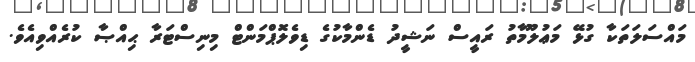
މައްސަލަތަކާ ގުޅޭ މަޢުލޫމާތު ރައީސް ނަޝީދު ޑެންމާކުގެ ޑިވެލޮޕްމަންޓް މިނިސްޓަރާ ޙިއްޞާ ކުރެއްވިއެވެ.